Annual report of the Punjab Veterinary College and of the Civil Veterinary Department, Punjab - 1926-1932
Year: 1926
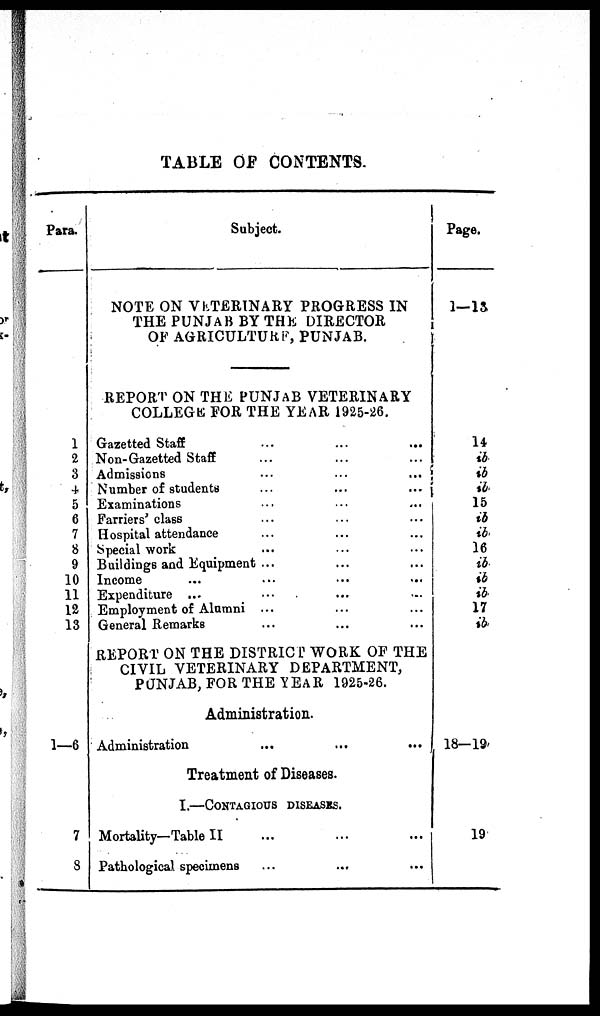
TABLE OF CONTENTS.
Para.
1
2
3
4
5
6
7
8
9
10
11
12
13
1—6
7
8
Subject.
NOTE ON VETERINARY PROGRESS IN
THE PUNJAB BY THE DIRECTOR
OF AGRICULTURE, PUNJAB.
REPORT ON THE PUNJAB VETERINARY
COLLEGE FOR THE YEAR 1925-26.
Gazetted Staff ... ... ...
Non-Gazetted Staff ... ... ...
Admissions
...
...
...
Number of students ... ... ...
Examinations ... ... ...
Farriers' class ... ... ...
Hospital attendance ... ... ...
Special work ... ... ...
Buildings and Equipment ... ... ...
Income ... ... ...
Expenditure ... ... ...
Employment of Alumni ... ... ...
General Remarks ... ... ...
REPORT ON THE DISTRICT WORK OF THE
CIVIL VETERINARY DEPARTMENT,
PUNJAB, FOR THE YEAR 1925-26.
Administration.
Administration
...
...
...
Treatment of Diseases.
I.—CONATAGIOUS DISEASES.
Mortality—Table II ... ... ...
Pathological specimens ... ... ...
Page.
1—13
14
ib
ib
ib
15
ib
ib
16
ib
ib
ib
17
ib
18-19
19